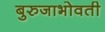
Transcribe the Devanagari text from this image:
बुरुजाभोवती